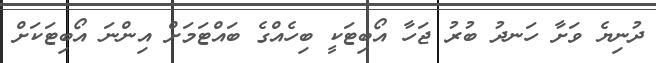
ދުނިޔެ ވަށާ ހަނދު ބުރު ޖަހާ އޯބިޓަކީ ބިހެއްގެ ބައްޓަމަށް އިންނަ އޯބިޓަކަށް